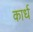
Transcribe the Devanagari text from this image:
कार्ध